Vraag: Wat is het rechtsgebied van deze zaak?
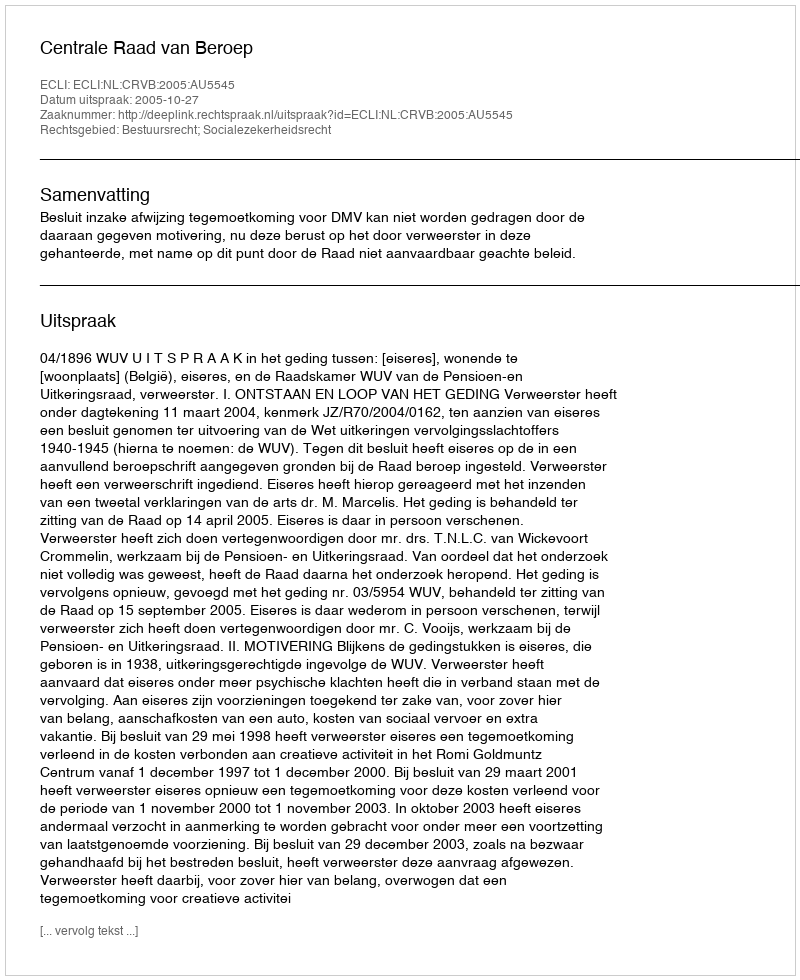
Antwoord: Bestuursrecht; Socialezekerheidsrecht